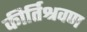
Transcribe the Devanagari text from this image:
कीर्तिश्रवण